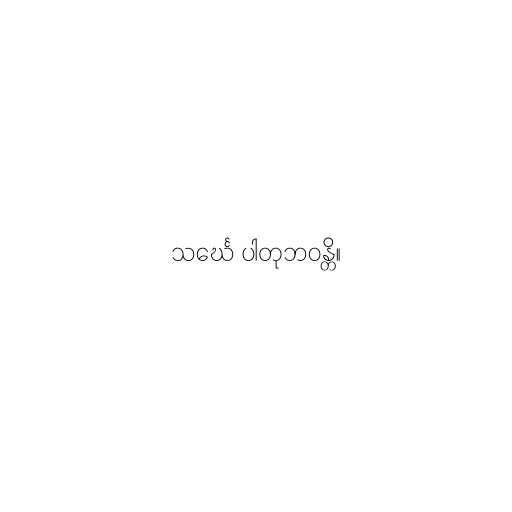
သင်္ဃေ ပါတုဘဝန္တိ။